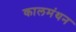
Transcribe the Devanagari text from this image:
कालमंथन